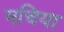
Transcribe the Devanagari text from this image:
मचिया